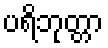
ပရိဘုတ္တာ